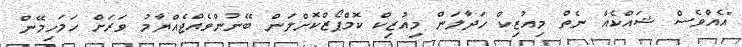
"އެއްވެސް ޝައްކެއް ނެތް މިއުޒިކް ހަދާލަން މިއުޒިކް ކޮމްޕޯޒްކޮށްލަން ބޭނުންވެއްޖެއްޔާމު ވަރަށް ހަމަހިމޭން